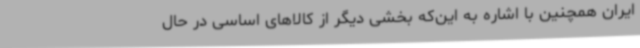
ایران همچنین با اشاره به این‌که بخشی دیگر از کالاهای اساسی در حال